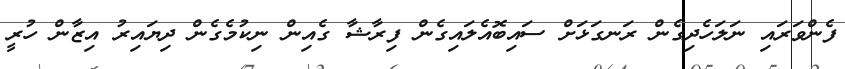
ފެންވަރައި ނަލަހެދިގެން ރަނގަޅަށް ސައިބޮއެލައިގެން ފިރާޝާ ގެއިން ނިކުމެގެން ދިޔައިރު އިޒާން ހުރީ